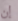
إن